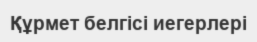
Құрмет белгісі иегерлері